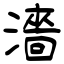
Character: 濇